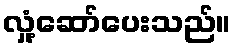
လှုံ့ဆော်ပေးသည်။